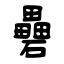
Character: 礨